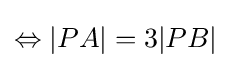
\Leftrightarrow |PA|=3|PB|